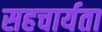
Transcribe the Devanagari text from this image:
सहचार्यता